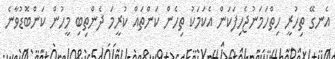
އެނގޭ ތިހުރީ ހިތްހަމަނުޖެހިފަކަން އެކަމަކު ތިހެން ކަންތައް ކުރީމަ ދެންތިބި މީހުން ކަންބޮޑުވާނެ